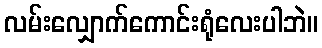
လမ်းလျှောက်ကောင်းရုံလေးပါဘဲ။